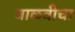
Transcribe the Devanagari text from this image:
वाळवीचा